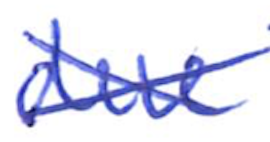
Text: due
Cross-out: cross
Writing tool: ballpoint